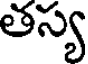
తస్య